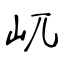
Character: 屼